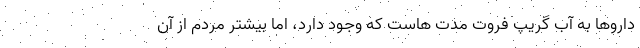
دارو‌ها به آب گریپ فروت مدت هاست که وجود دارد، اما بیشتر مردم از آن